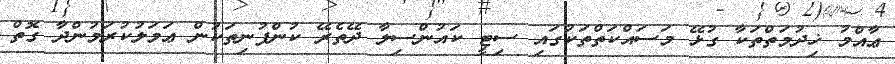
ޢާއްމު ޚިދުމަތްތަކާ ގުޅޭ މަސައްކަތްތަކުގައި ސިޓީ ކައުންސިލާ ދޭތެރޭ ކުންފުނިތަކުން ޢަމަލުކުރަމުންދާ ގޮތް